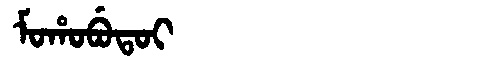
Manchu: ᠮᠣᡥᠣᠪᡠᡨᠣᡳ
Romanization: MOHOBUTOI